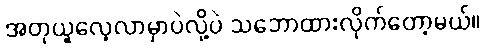
အတုယူလေ့လာမှာပဲလို့ပဲ သဘောထားလိုက်တော့မယ်။